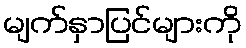
မျက်နှာပြင်များကို